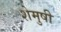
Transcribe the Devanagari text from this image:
शेमुषी